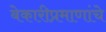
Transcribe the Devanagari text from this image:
बेकारीप्रमाणांचे